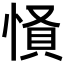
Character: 𢝢